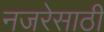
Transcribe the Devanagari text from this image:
नजरेसाठी